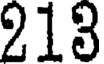
213